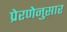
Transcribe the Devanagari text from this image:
प्रेरणेनुसार